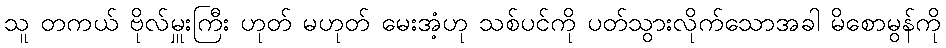
သူ တကယ် ဗိုလ်မှူးကြီး ဟုတ် မဟုတ် မေးအံ့ဟု သစ်ပင်ကို ပတ်သွားလိုက်သောအခါ မိစောမွန်ကို